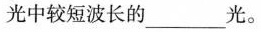
光中较短波长的___光。